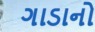
ગાડાનો